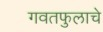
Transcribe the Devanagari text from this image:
गवतफुलाचे